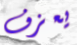
يعزف